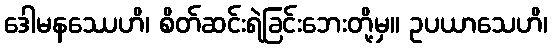
ဒေါမနဿေဟိ၊ စိတ်ဆင်းရဲခြင်းဘေးတို့မှ။ ဥပယာသေဟိ၊